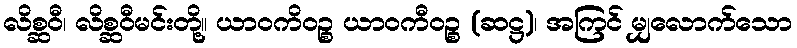
လိစ္ဆဝီ၊ လိစ္ဆဝီမင်းတို့။ ယာဝကိဝဉ္စ ယာဝကီဝဉ္စ (ဆဋ္ဌ)၊ အကြင် မျှလောက်သော